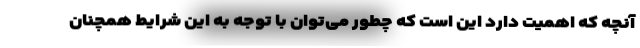
آنچه که اهمیت دارد این است که چطور می‌توان با توجه به این شرایط همچنان